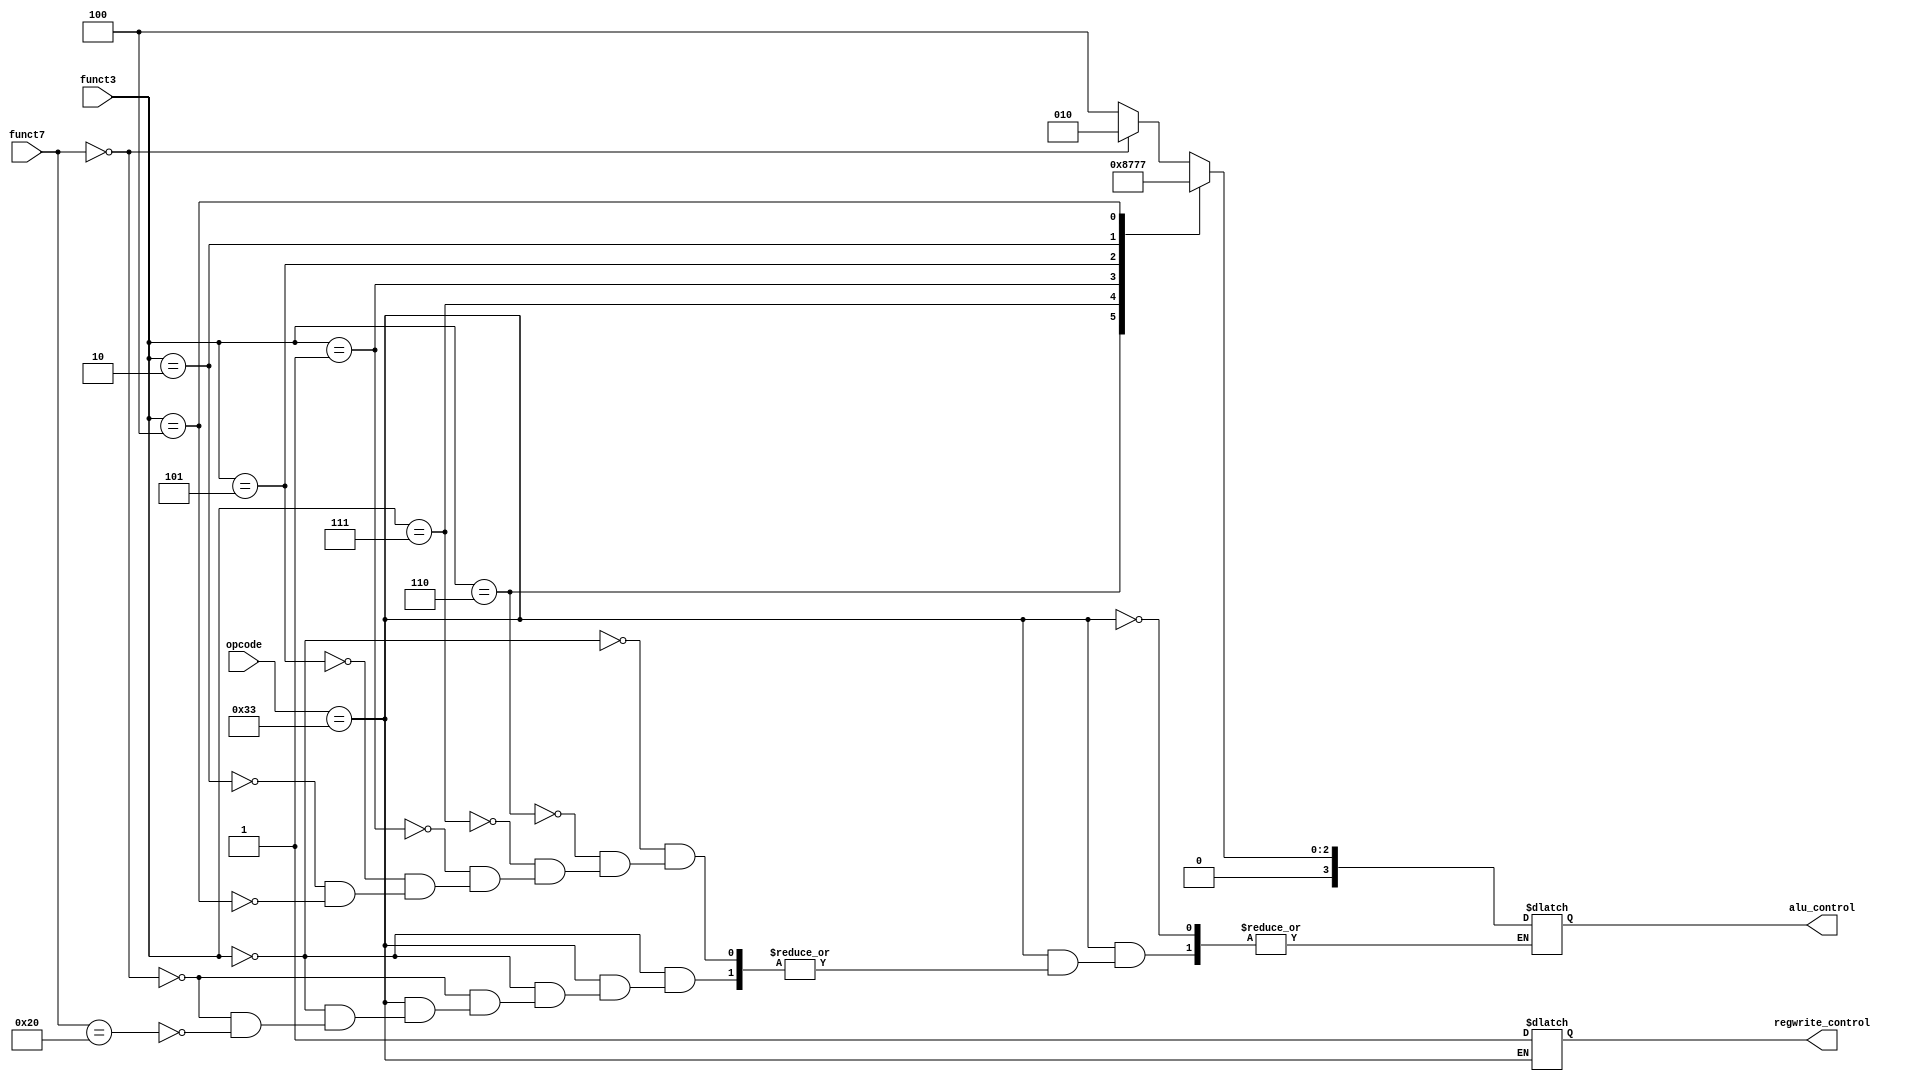
`timescale 1ns / 1ps
// Control Unit

module CONTROL(
    input [6:0] funct7,       // 7 bitlik "funct7" kontrol sinyali
    input [2:0] funct3,       // 3 bitlik "funct3" kontrol sinyali
    input [6:0] opcode,       // 7 bitlik "opcode" kontrol sinyali
    output reg [3:0] alu_control,  // 4 bitlik ALU kontrol sinyali
    output reg regwrite_control    // Yazma (register write) kontrol sinyali
);
    always @(funct3 or funct7 or opcode)
    begin
        if (opcode == 7'b0110011) begin // R-type talimatlar iin kontrol

            regwrite_control = 1; // Yazma kontrol sinyalini etkinletir
            case (funct3)
                0: begin
                    if (funct7 == 0)
                        alu_control = 4'b0010; // ALU kontrol sinyalini "ADD" olarak ayarla
                    else if (funct7 == 32)
                        alu_control = 4'b0100; // ALU kontrol sinyalini "SUB" olarak ayarla
                end
                6: alu_control = 4'b0001; // ALU kontrol sinyalini "OR" olarak ayarla
                7: alu_control = 4'b0000; // ALU kontrol sinyalini "AND" olarak ayarla
                1: alu_control = 4'b0011; // ALU kontrol sinyalini "SLL" (sol kaydrma) olarak ayarla
                5: alu_control = 4'b0101; // ALU kontrol sinyalini "SRL" (sa kaydrma) olarak ayarla
                2: alu_control = 4'b0110; // ALU kontrol sinyalini "MUL" (arpma) olarak ayarla
                4: alu_control = 4'b0111; // ALU kontrol sinyalini "XOR" olarak ayarla
            endcase
        end
    end
endmodule